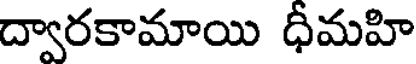
ద్వారకామాయి ధీమహి